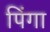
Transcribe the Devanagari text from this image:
पिंगा